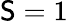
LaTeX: \mathsf{S}=1